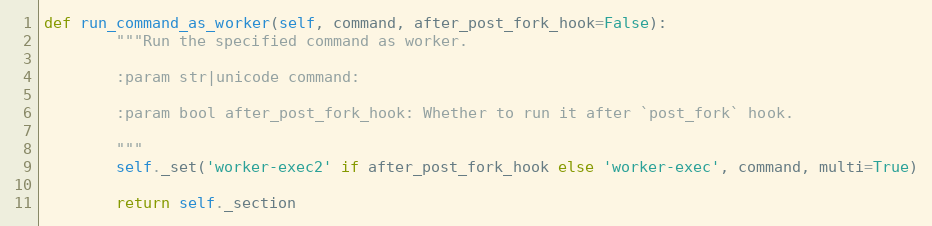
Language: Python
def run_command_as_worker(self, command, after_post_fork_hook=False):
        """Run the specified command as worker.

        :param str|unicode command:

        :param bool after_post_fork_hook: Whether to run it after `post_fork` hook.

        """
        self._set('worker-exec2' if after_post_fork_hook else 'worker-exec', command, multi=True)

        return self._section